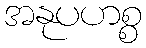
အနုပဟစ္စ